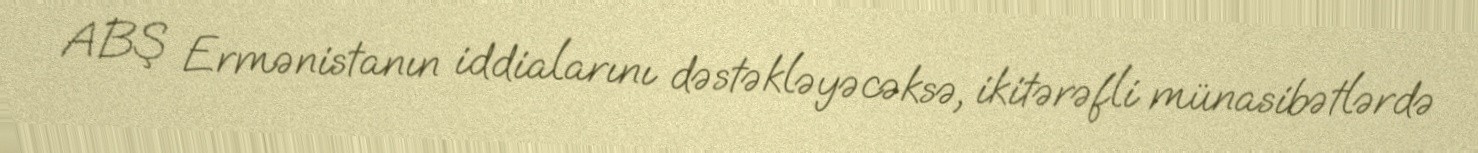
ABŞ Ermənistanın iddialarını dəstəkləyəcəksə, ikitərəfli münasibətlərdə